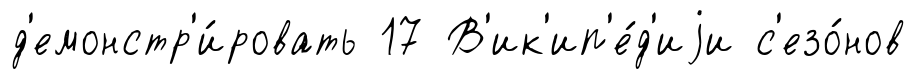
д'емонстр'и́ровать 17 В'ик'ип'е́д'иjи с'езо́нов